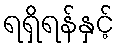
ရရှိရန်နှင့်